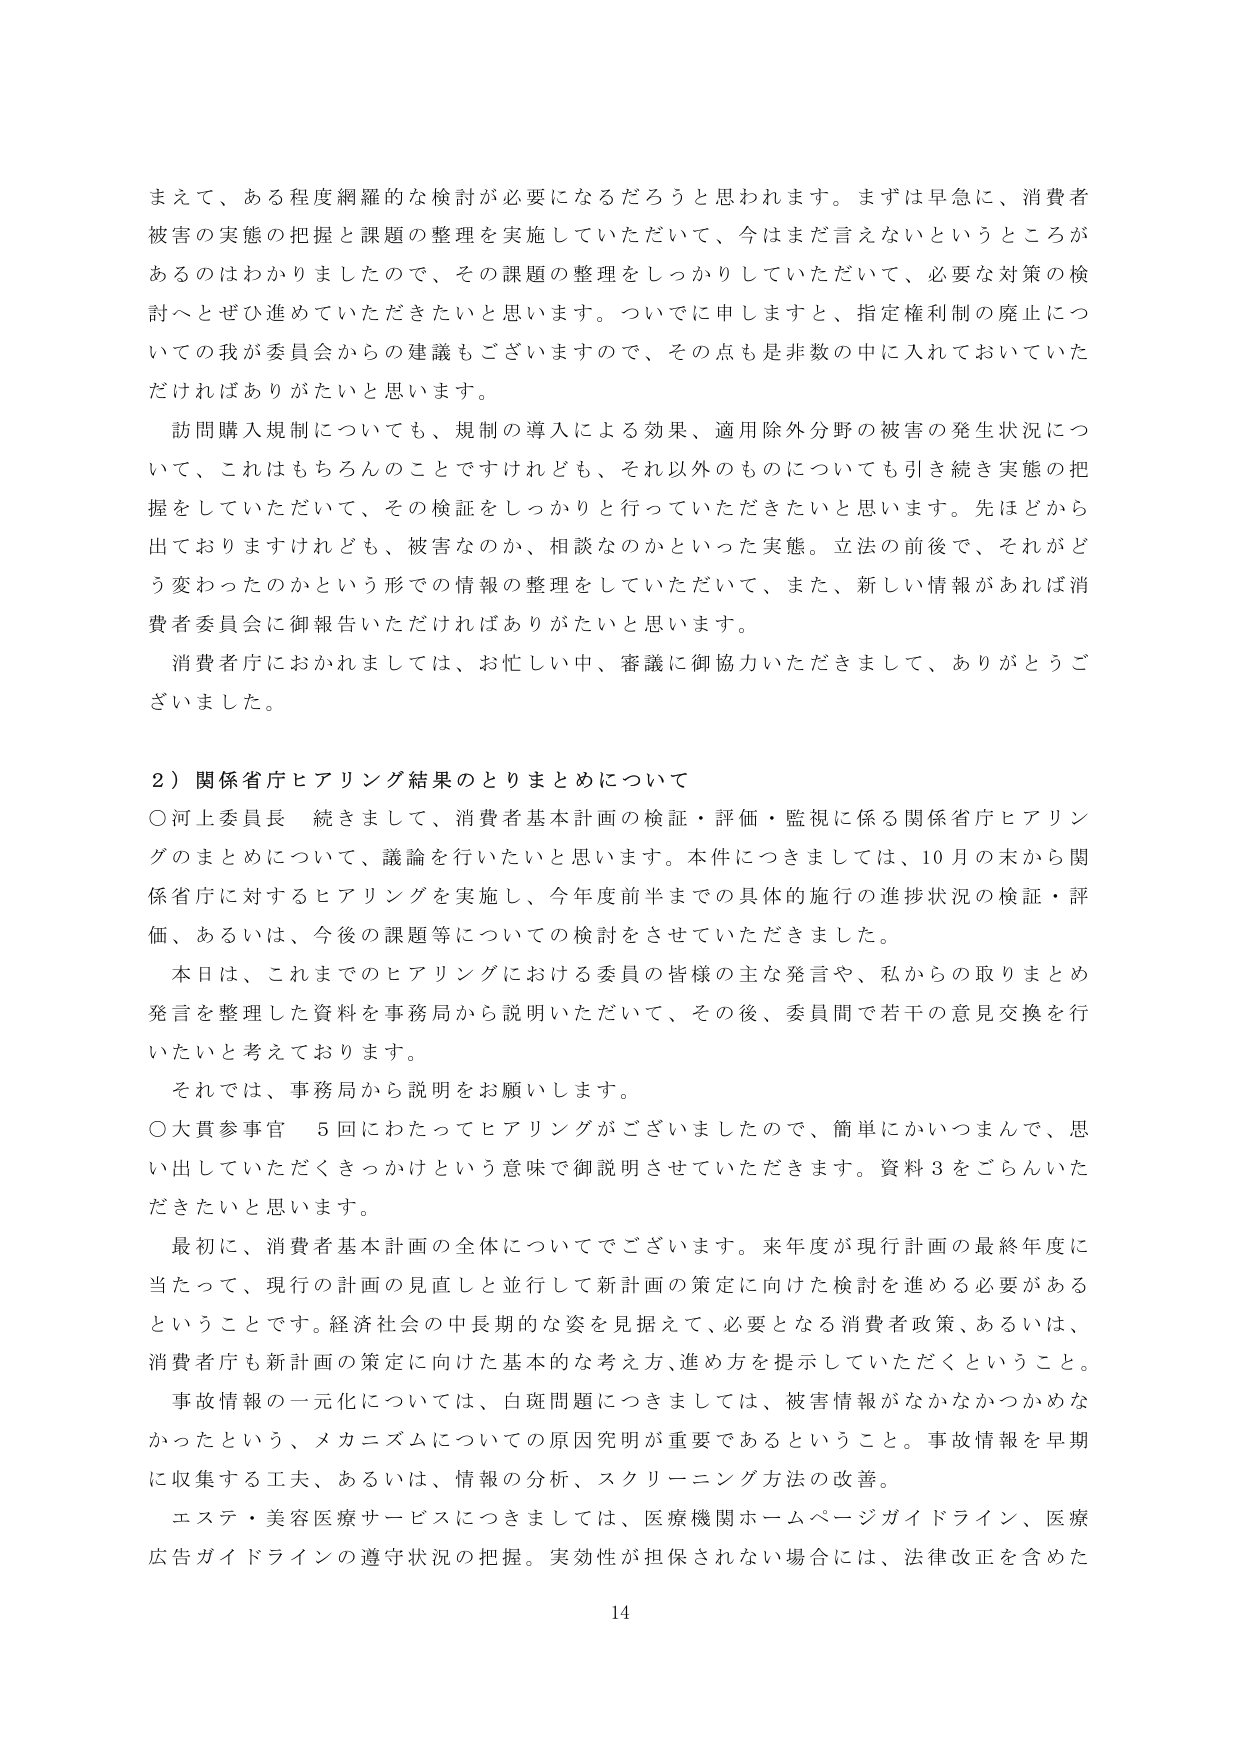
まえて、ある程度網羅的な検討が必要になるだろうと思われます。まずは早急に、消費者被害の実態の把握と課題の整理を実施していただいて、今はまだ言えないというところがあるのはわかりましたので、その課題の整理をしっかりしていただいて、必要な対策の検討へとぜひ進めていただきたいと思います。ついでに申しますと、指定権利制の廃止についての我が委員会からの建議もございますので、その点も是非数の中に入れておいていただければありがたいと思います。

訪問購入規制についても、規制の導入による効果、適用除外分野の被害の発生状況について、これはもちろんのことですけれども、それ以外のものについても引き続き実態の把握をしていただいて、その検証をしっかり行っていただきたいと思います。先ほどから出ておりますけれども、被害なのか、相談なのかといった実態。立法の前後で、それがどう変わったのかという形での情報の整理をしていただいて、また、新しい情報があれば消費者委員会に御報告いただければありがたいと思います。

消費者庁におかれましては、お忙しい中、審議に御協力いただきまして、ありがとうございました。

２）関係省庁ヒアリング結果のとりまとめについて

○河上委員長　続きまして、消費者基本計画の検証・評価・監視に係る関係省庁ヒアリングのまとめについて、議論を行いたいと思います。本件につきましては、10月の末から関係省庁に対するヒアリングを実施し、今年度前半までの具体的施行の進捗状況の検証・評価、あるいは、今後の課題等についての検討をさせていただきました。

本日は、これまでのヒアリングにおける委員の皆様の主な発言や、私からの取りまとめ発言を整理した資料を事務局から説明いただいて、その後、委員間で若干の意見交換を行いたいと考えております。

それでは、事務局から説明をお願いします。

○大貫参事官　5回にわたってヒアリングがございましたので、簡単にかいつまんで、思い出していただききっかけという意味で御説明させていただきます。資料3をごらんいただきたいと思います。

最初に、消費者基本計画の全体についてでございます。来年度が現行計画の最終年度に当たって、現行の計画の見直しと並行して新計画の策定に向けた検討を進める必要があるということです。経済社会の中長期的な姿を見据えて、必要となる消費者政策、あるいは、消費者庁も新計画の策定に向けた基本的な考え方、進め方を提示していただくということ。

事故情報の一元化については、白斑問題につきましては、被害情報がなかなかつかめなかったという、メカニズムについての原因究明が重要であるということ。事故情報を早期に収集する工夫、あるいは、情報の分析、スクリーニング方法の改善。

エステ・美容医療サービスにつきましては、医療機関ホームページガイドライン、医療広告ガイドラインの遵守状況の把握。実効性が担保されない場合には、法律改正を含めた

14